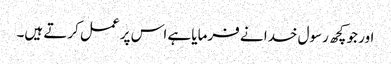
اور جو کچھ رسول خدا نے فرمایا ہے اس پر عمل کرتے ہیں۔